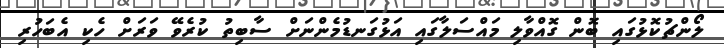
ލޯންޗުކޮޅުގައި ބޮން ގޮއްވާލި މައްސަލާގައި އަޅުގަނޑުމެންނަށް ސާބިތު ކުރެވޭ ވަރަށް ހެކި އެބަހުރި